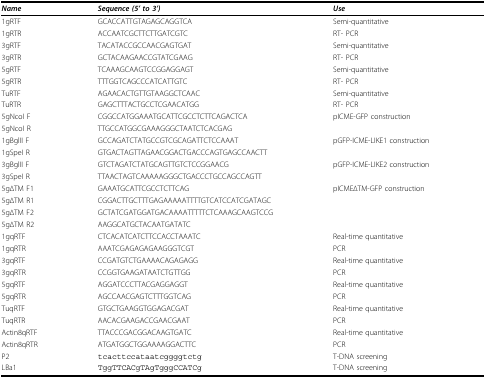
<table><thead><tr><td><b><i>Name</i></b></td><td><b><i>Sequence (5&#x27; to 3&#x27;)</i></b></td><td><b><i>Use</i></b></td></tr></thead><tbody><tr><td>1gRTF</td><td>GCACCATTGTAGAGCAGGTCA</td><td>Semi-quantitative</td></tr><tr><td>1gRTR</td><td>ACCAATCGCTTCTTGATCGTC</td><td>RT- PCR</td></tr><tr><td>3gRTF</td><td>TACATACCGCCAACGAGTGAT</td><td>Semi-quantitative</td></tr><tr><td>3gRTR</td><td>GCTACAAGAACCGTATCGAAG</td><td>RT- PCR</td></tr><tr><td>5gRTF</td><td>TCAAAGCAAGTCCGGAGGAGT</td><td>Semi-quantitative</td></tr><tr><td>5gRTR</td><td>TTTGGTCAGCCCATCATTGTC</td><td>RT- PCR</td></tr><tr><td>TuRTF</td><td>AGAACACTGTTGTAAGGCTCAAC</td><td>Semi-quantitative</td></tr><tr><td>TuRTR</td><td>GAGCTTTACTGCCTCGAACATGG</td><td>RT- PCR</td></tr><tr><td>5gNcoI F</td><td>CGGCCATGGAAATGCATTCGCCTCTTCAGACTCA</td><td>pICME-GFP construction</td></tr><tr><td>5gNcoI R</td><td>TTGCCATGGCGAAAGGGCTAATCTCACGAG</td><td></td></tr><tr><td>1gBglII F</td><td>GCCAGATCTATGCCGTCGCAGATTCTCCAAAT</td><td>pGFP-ICME-LIKE1 construction</td></tr><tr><td>1gSpeI R</td><td>GTGACTAGTTAGAACGGACTGACCCAGTGAGCCAACTT</td><td></td></tr><tr><td>3gBglII F</td><td>GTCTAGATCTATGCAGTTGTCTCCGGAACG</td><td>pGFP-ICME-LIKE2 construction</td></tr><tr><td>3gSpeI R</td><td>TTAACTAGTCAAAAAGGGCTGACCCTGCCAGCCAGTT</td><td></td></tr><tr><td>5gΔTM F1</td><td>GAAATGCATTCGCCTCTTCAG</td><td>pICMEΔTM-GFP construction</td></tr><tr><td>5gΔTM R1</td><td>CGGACTTGCTTTGAGAAAAATTTTGTCATCCATCGATAGC</td><td></td></tr><tr><td>5gΔTM F2</td><td>GCTATCGATGGATGACAAAATTTTTCTCAAAGCAAGTCCG</td><td></td></tr><tr><td>5gΔTM R2</td><td>AAGGCATGCTACAATGATATC</td><td></td></tr><tr><td>1gqRTF</td><td>CTCACATCATCTTCCACCTAAATC</td><td>Real-time quantitative</td></tr><tr><td>1gqRTR</td><td>AAATCGAGAGAGAAGGGTCGT</td><td>PCR</td></tr><tr><td>3gqRTF</td><td>CCGATGTCTGAAAACAGAGAGG</td><td>Real-time quantitative</td></tr><tr><td>3gqRTR</td><td>CCGGTGAAGATAATCTGTTGG</td><td>PCR</td></tr><tr><td>5gqRTF</td><td>AGGATCCCTTACGAGGAGGT</td><td>Real-time quantitative</td></tr><tr><td>5gqRTR</td><td>AGCCAACGAGTCTTTGGTCAG</td><td>PCR</td></tr><tr><td>TuqRTF</td><td>GTGCTGAAGGTGGAGACGAT</td><td>Real-time quantitative</td></tr><tr><td>TuqRTR</td><td>AACACGAAGACCGAACGAAT</td><td>PCR</td></tr><tr><td>Actin8qRTF</td><td>TTACCCGACGGACAAGTGATC</td><td>Real-time quantitative</td></tr><tr><td>Actin8qRTR</td><td>ATGATGGCTGGAAAAGGACTTC</td><td>PCR</td></tr><tr><td>P2</td><td>tcacttccataatcggggtctg</td><td>T-DNA screening</td></tr><tr><td>LBa1</td><td>TggTTCACgTAgTgggCCATCg</td><td>T-DNA screening</td></tr></tbody></table>